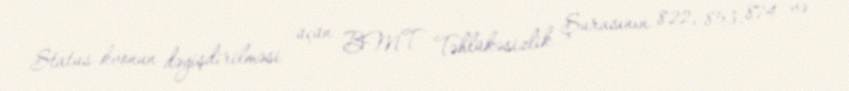
Status-kvonun dəyişdirilməsi üçün BMT Təhlükəsizlik Şurasının 822, 853, 874 və